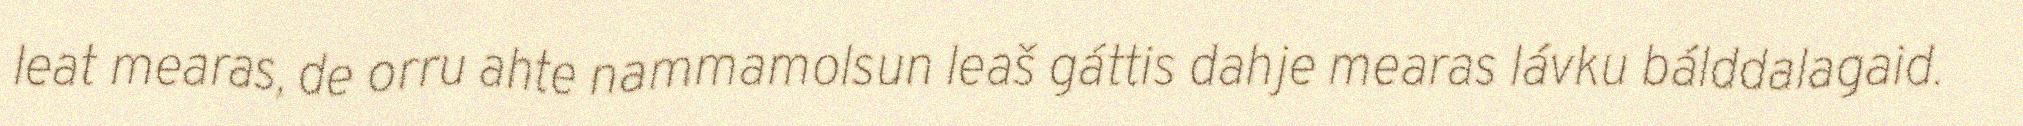
leat mearas, de orru ahte nammamolsun leaš gáttis dahje mearas lávku bálddalagaid.